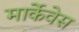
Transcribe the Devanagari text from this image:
मार्केवेस